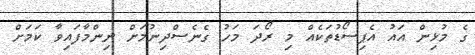
ގެ މުޅިން އައު އެޕިސޯޑުތަކެއް މި ރޯދަ މަހު ގެނެސްދިނުމަށް ނިންމާފައިވާ ކަމަށް